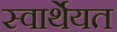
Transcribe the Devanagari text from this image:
स्वार्थेयत